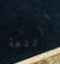
الردهة